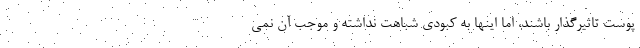
پوست تاثیرگذار باشند، اما اینها به کبودی شباهت نداشته و موجب آن نمی